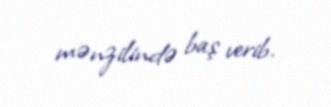
mənzilində baş verib.